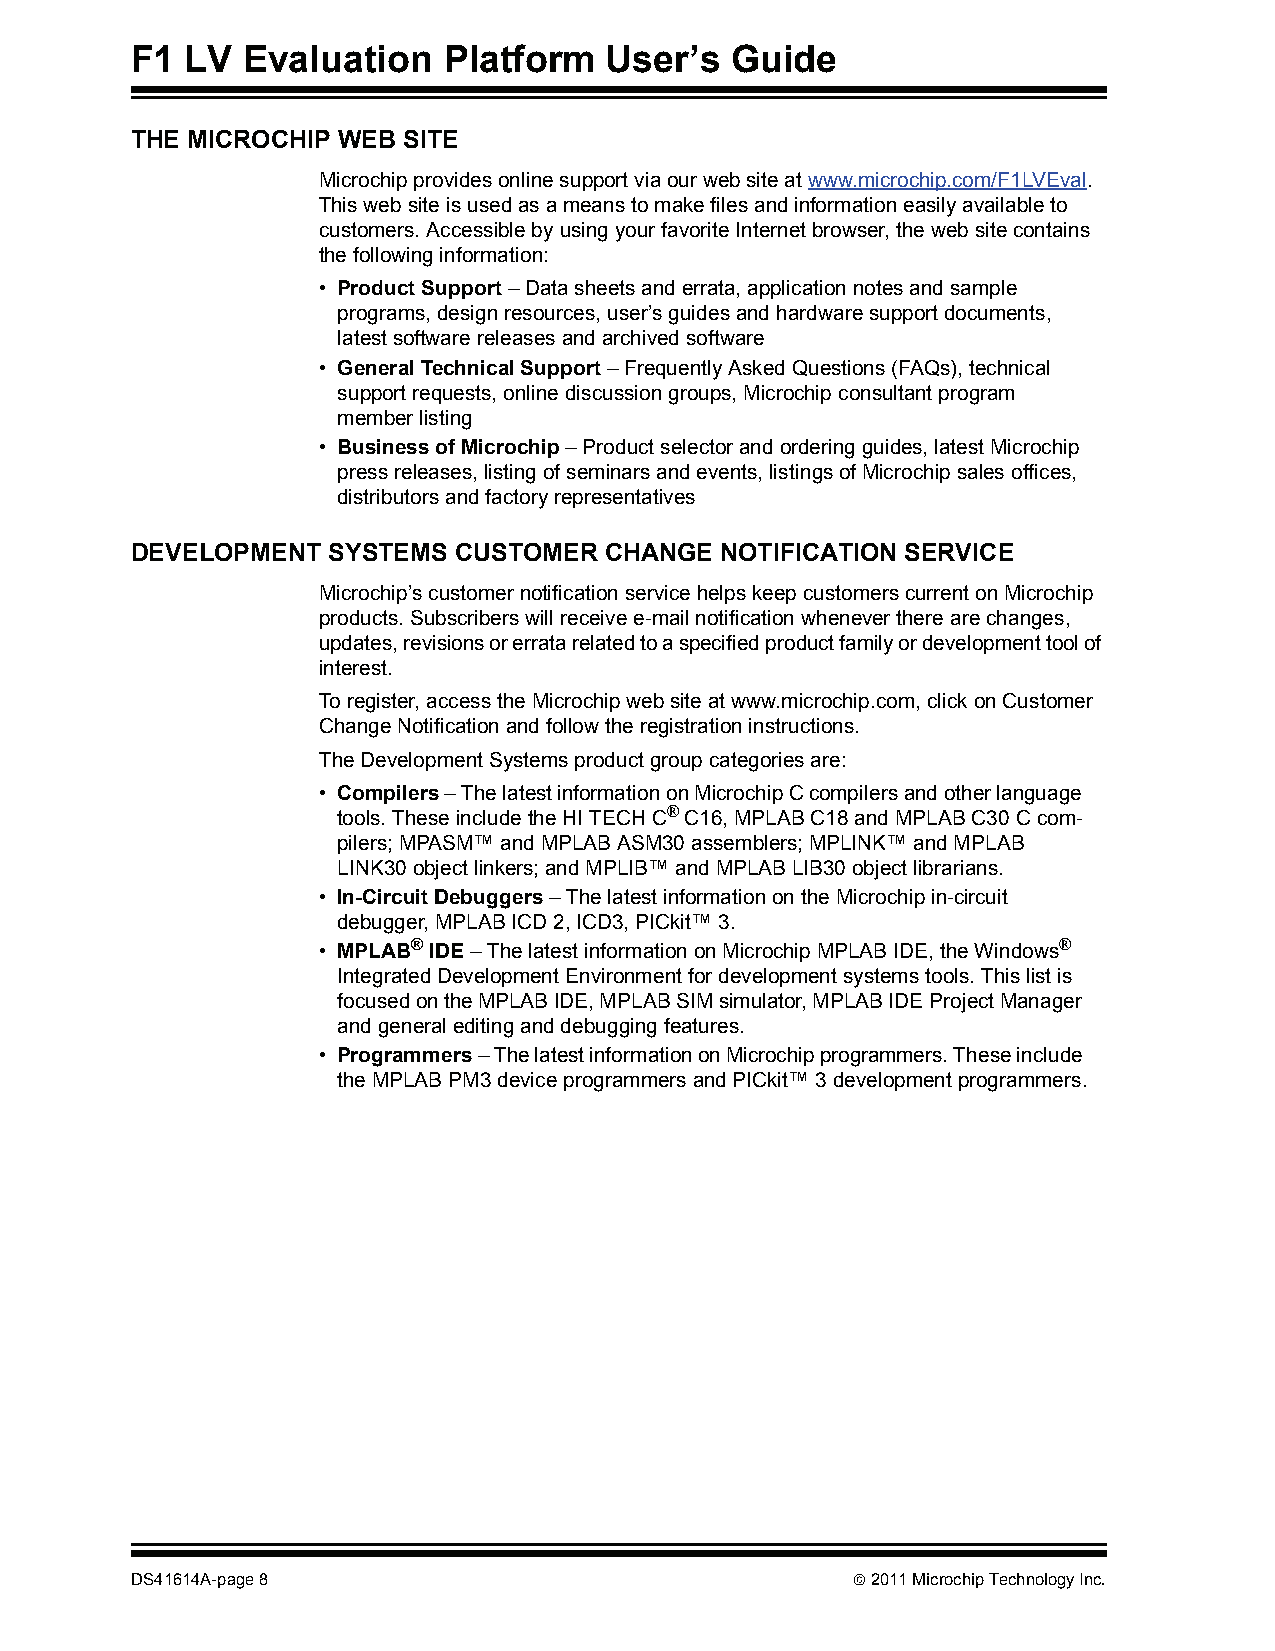
F1 LV  Evaluation   Platform   User’s  Guide
 THE MICROCHIP WEB SITE
 Microchip provides online support via our web site at www.microchip.com/F1LVEval.
 This web site is used as a means to make files and information easily available to
 customers. Accessible by using your favorite Internet browser, the web site contains
 the following information:
 • Product Support – Data sheets and errata, application notes and sample
 programs, design resources, user’s guides and hardware support documents,
 latest software releases and archived software
 • General Technical Support – Frequently Asked Questions (FAQs), technical
 support requests, online discussion groups, Microchip consultant program
 member listing
 • Business of Microchip – Product selector and ordering guides, latest Microchip
 press releases, listing of seminars and events, listings of Microchip sales offices,
 distributors and factory representatives
 DEVELOPMENT  SYSTEMS CUSTOMER  CHANGE  NOTIFICATION SERVICE
 Microchip’s customer notification service helps keep customers current on Microchip
 products. Subscribers will receive e-mail notification whenever there are changes,
 updates, revisions or errata related to a specified product family or development tool of
 interest.
 To register, access the Microchip web site at www.microchip.com, click on Customer
 Change Notification and follow the registration instructions.
 The Development Systems product group categories are:
 • Compilers – The latest information on Microchip C compilers and other language
 tools. These include the HI TECH C® C16, MPLAB C18 and MPLAB C30 C com-
 pilers; MPASM™ and MPLAB ASM30 assemblers; MPLINK™ and MPLAB
 LINK30 object linkers; and MPLIB™ and MPLAB LIB30 object librarians.
 • In-Circuit Debuggers – The latest information on the Microchip in-circuit
 debugger, MPLAB ICD 2, ICD3, PICkit™ 3.
 • MPLAB® IDE – The latest information on Microchip MPLAB IDE, the Windows®
 Integrated Development Environment for development systems tools. This list is
 focused on the MPLAB IDE, MPLAB SIM simulator, MPLAB IDE Project Manager
 and general editing and debugging features.
 • Programmers – The latest information on Microchip programmers. These include
 the MPLAB PM3 device programmers and PICkit™ 3 development programmers.
 DS41614A-page 8                                 2011 Microchip Technology Inc.